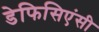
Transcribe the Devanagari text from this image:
डेफिसिएंसी